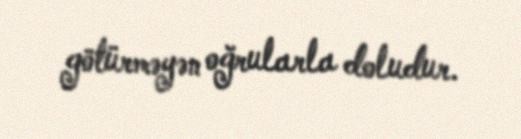
götürməyən oğrularla doludur.